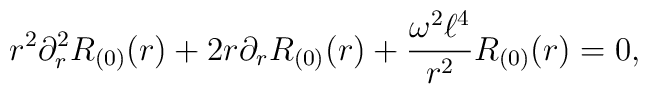
r^2 \partial_{r}^2 R_{(0)}(r) + 2r \partial_{r}R_{(0)}(r) + \frac{\omega^2  \ell^4}{r^2} R_{(0)}(r) = 0,